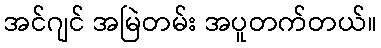
အင်ဂျင် အမြဲတမ်း အပူတက်တယ်။